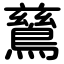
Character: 鶿